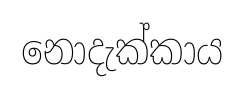
නොදැක්කාය